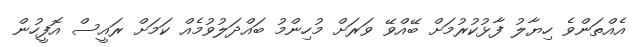
އެއްތަންވެ ހިޔާލު ފާޅުކުރުމަށް ބޭއްވޭ ވަރަށް މުހިންމު ބައްދަލުވުމެއް ކަމަށް ރައީސް އޮފީހުން